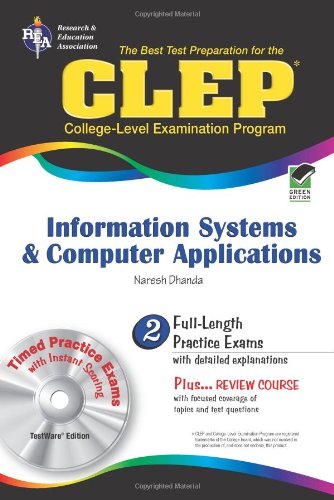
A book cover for CLEP Information Systems & Computer Applications w/ CD-ROM (CLEP Test Preparation); Naresh Dhanda; Test Preparation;